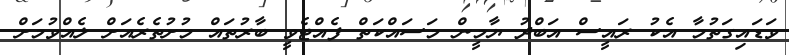
ވަޑައިގަތުމާ އެކު ރައީސް އަބްދު ޔާމީން މަސައްކަތް ފެއްޓެވީ ބާރުތައް މުށުތެރެއަށް ލެއްވުމަށް